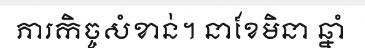
ភារកិច្ចសំខាន់។ នាខែមិនា ឆ្នាំ